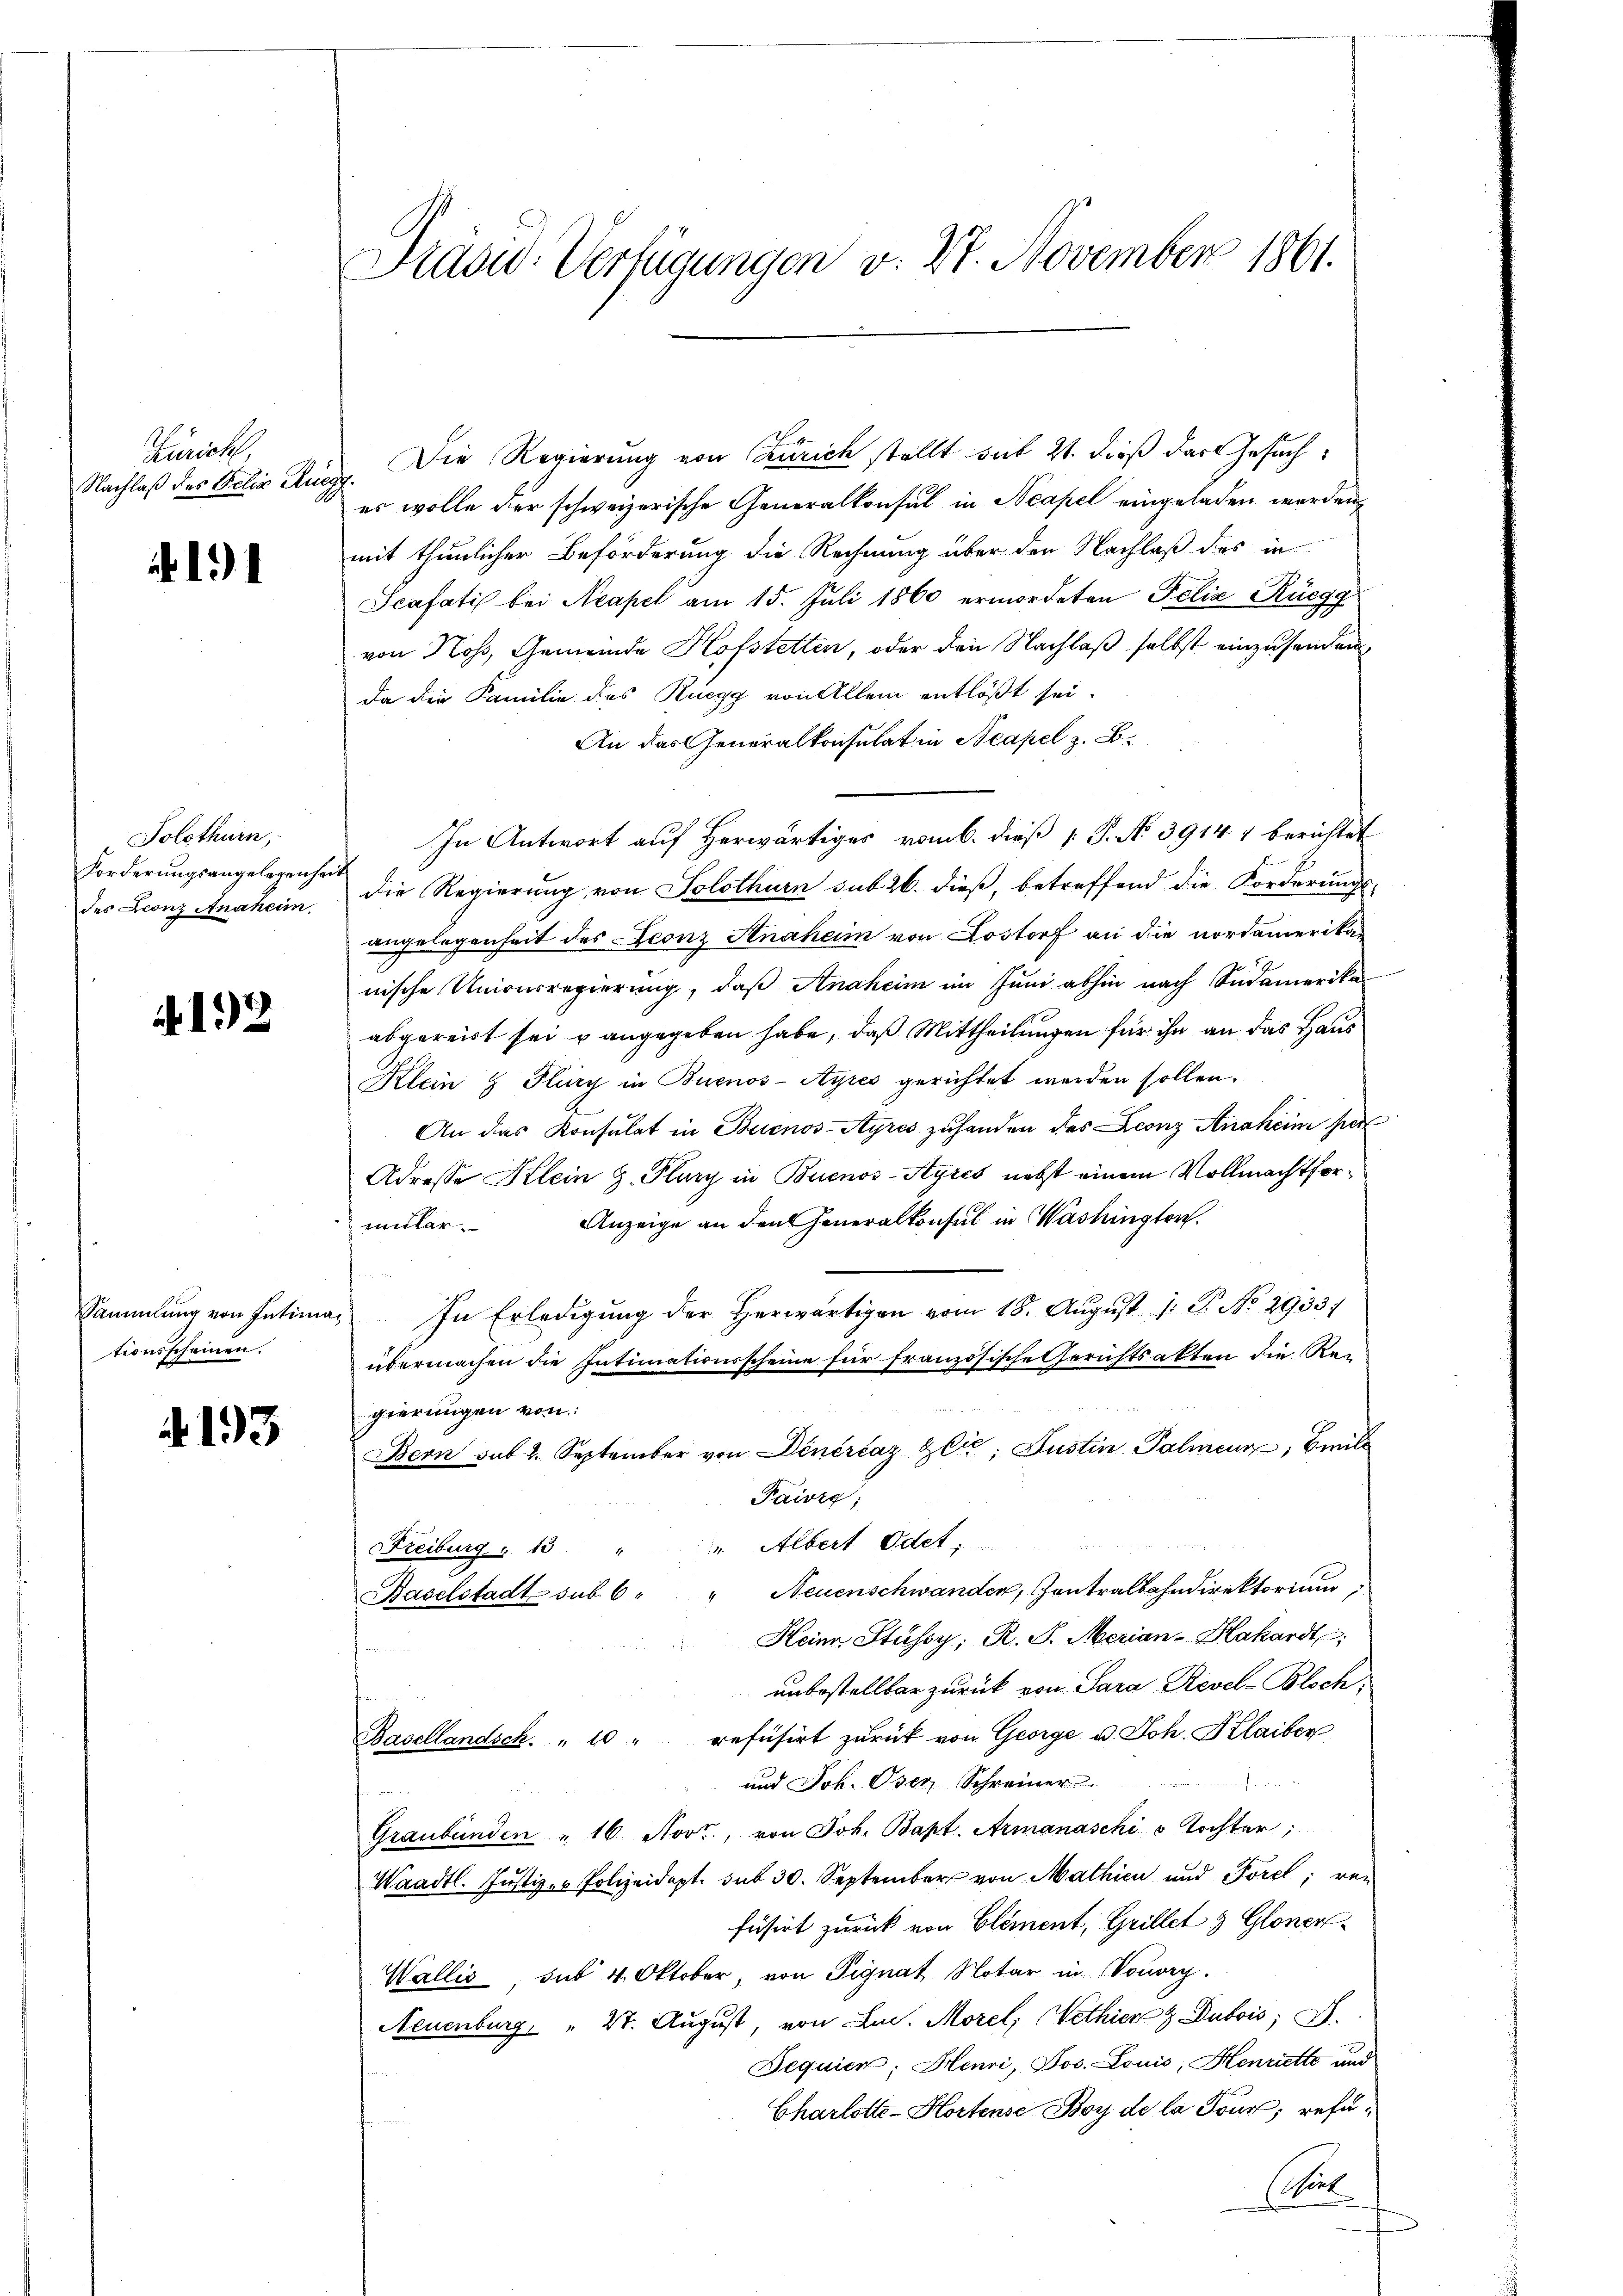
Zürich,
Nachlaß des Felix Ruc

.

Solothurn,
Forderungsangelegenhei
des Leonz Anaheim.

192

Sammlung von Intima
tionsscheinen.

193

Präsid. Verfügungen v. 27. November 1861.

Die Regierung von Zürich stellt mit 21. dieß das Gesuch¬
.
es wolle der schweizerische Generalkonsul in Neapel eingeladen worden,
mit thunlicher Beförderung die Rechnung über der Nachlaß des in
Scafatis bei Neapel am 15. Juli 1860 ermordeten Felix Rüegg
von Noss, Gemeinde Hofstetten, oder den Nachlaß selbst einzusenden
Da die Familie des Rüegg von Allem entlößt sei.
An das Generalkonsulat in Neapel z. B.
In Antwort auf Herwärtiges vom 6. dieß [ P. N. 3914 1 berichtet
die Regierung von Solothurn sub 26. dieß, betreffend die Forderungs-
angelegenheit des Leonz Anaham von Lostorf an die nordamerikanische Unionsregierung, daß Anaheim im Juni abhin nach Südamerika
abgereist sei u angegeben habe, daß Mittheilungen für ihn an das Haus
Klein & Flury in Buenos-Ayres gerichtet werden sollen.
An das Konsulat in Buenos-Ayres zuhanden des Leonz Anaheim per
Adresse Klein Z. Flury in Buenos-Ayres nebst einem Vollmachtformüler. Anzeige an den Generalkonsul in Washingten.
In Erledigung der herwärtigen vom 18. August 1 S. No. 2933)
übermachen die Intimationsscheine für französische Gerichtsakten die Regierungen von
Bern sub. 2. September von Dinérčaz Zete, Justin Palmen, Beil
Pawig;
" Albert Odet
Freiburg " 13
Neuenschwanden, Zentralbahndirektorium,
Baselstadt sub 6.
Heine Stüssy; R. S. Merian-Hakardt
for
unbestellter zurück von Sara Revel-Bloch
Basellandsch. " 10 " refüsirt zŭrück von George u. Joh. Klaiben
und Joh. Oser, Schreiner
Graubünden " 16 Nov., von Joh. Bapt. Armanaschi u Tochter;
Waadt. Justiz- u Polizeidept. sub 30. September von Mathien und Porel, von
füsirt zurück von Element, Grillet & Glonen
Wallis, sub 4. Oktober, von Signat Notar in Vouvry.
Neuenburg " 21. August, von Lud. Morel; ethier & Dubois, S.
Bequien; Heuri, Jos. Louis, Henriette und
Charlotte-Hortense Boy de la Tour, refe¬
(seit